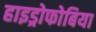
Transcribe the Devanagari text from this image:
हाइड्रोफोबिया